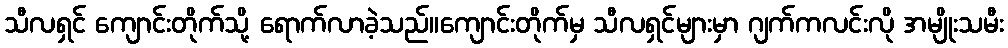
သီလရှင် ကျောင်းတိုက်သို့ ရောက်လာခဲ့သည်။ကျောင်းတိုက်မှ သီလရှင်များမှာ ဂျက်ကလင်းလို အမျိုးသမီး